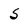
Character: 5